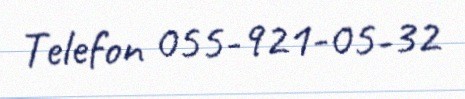
Telefon 055-921-05-32